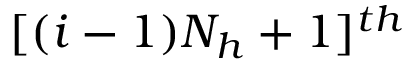
[ ( i - 1 ) N _ { h } + 1 ] ^ { t h }